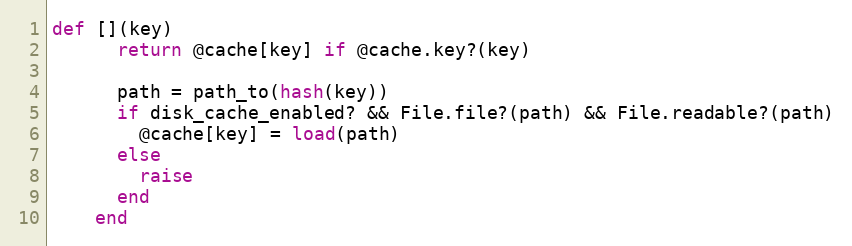
Language: Ruby
def [](key)
      return @cache[key] if @cache.key?(key)

      path = path_to(hash(key))
      if disk_cache_enabled? && File.file?(path) && File.readable?(path)
        @cache[key] = load(path)
      else
        raise
      end
    end